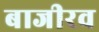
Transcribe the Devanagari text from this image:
बाजीरव